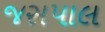
જસપાલ